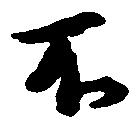
不